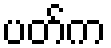
ပတ်က